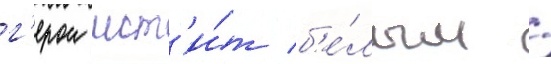
г'ерои мст'и́т б'е́лым /